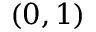
( 0 , 1 )